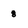
Character: 8